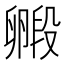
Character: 毈